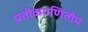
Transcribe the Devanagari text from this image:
प्रतीकगणितीय